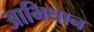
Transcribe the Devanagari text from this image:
आभिधान